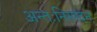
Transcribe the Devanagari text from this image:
अन्तःनिस्पंदन